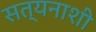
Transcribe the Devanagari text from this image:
सत्यनाशी